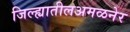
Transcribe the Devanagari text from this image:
जिल्ह्यातीलअमळनेर